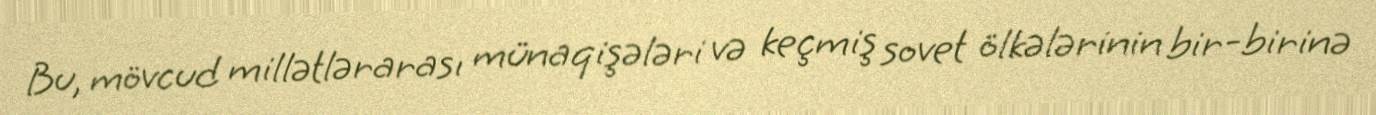
Bu, mövcud millətlərarası münaqişələri və keçmiş sovet ölkələrinin bir-birinə